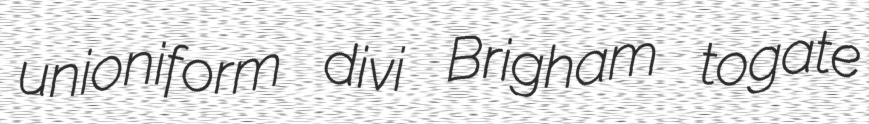
unioniform divi Brigham togate